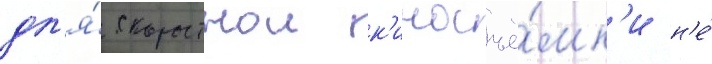
дл'я́ скоростнои к'иносъё́мк'и н'е́